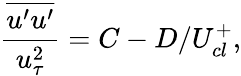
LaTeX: \frac{\overline{{u^{\prime}u^{\prime}}}}{u_{\tau}^{2}}=C-D/U_{cl}^{+},